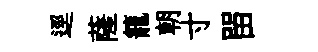
逕薩籠朝寸㽞